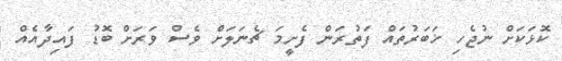
ކޮޅަކަށް ނުޖެހި ޚަބަރުތައް ފަތުރަން ފެށީމަ ޗެނަލަށް ވެސް ވަރަށް ބޮޑު ފައިދާއެއް